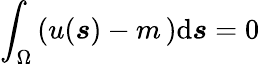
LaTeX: \int_{\Omega}\left(u(\boldsymbol{s})-m\, \right)\textrm{d}\boldsymbol{s}=0